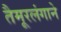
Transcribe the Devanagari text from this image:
तैमूरलंगाने